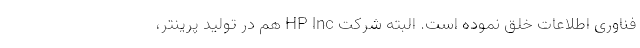
فناوری اطلاعات خلق نموده است. البته شرکت HP lnc هم در تولید پرینتر،